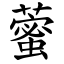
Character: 藌